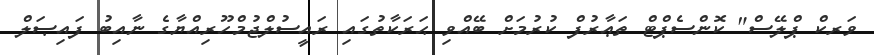
ވަރކް ޕްލޭސް" ކޮންސެޕްޓް ތަޢާރުފް ކުރުމަށް ބޭއްވި ޙަރަކާތުގައި ރައީސުލްޖުމްހޫރިއްޔާގެ ނާއިބު ފައިޞަލް